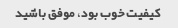
کیفیت خوب بود، موفق باشید